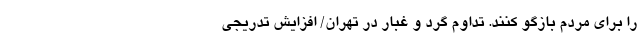
را برای مردم بازگو کنند. تداوم گرد و غبار در تهران/ افزایش تدریجی